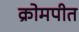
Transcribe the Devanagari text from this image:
क्रोमपीत